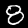
Label: 8